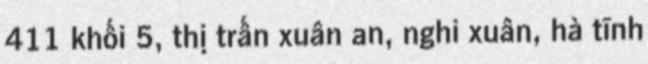
411 khối 5, thị trấn xuân an, nghi xuân, hà tĩnh